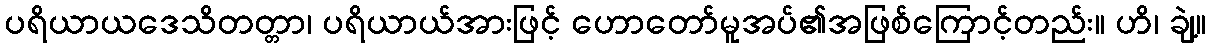
ပရိယာယဒေသိတတ္တာ၊ ပရိယာယ်အားဖြင့် ဟောတော်မူအပ်၏အဖြစ်ကြောင့်တည်း။ ဟိ၊ ချဲ့။